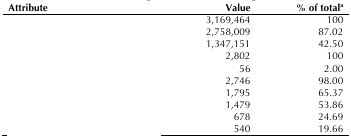
<table><thead><tr><td><b>Attribute</b></td><td><b>Value</b></td><td><b>% of total<sup>a</sup></b></td></tr></thead><tbody><tr><td>[EMPTY_CELL]</td><td>3,169,464</td><td>100</td></tr><tr><td>[EMPTY_CELL]</td><td>2,758,009</td><td>87.02</td></tr><tr><td>[EMPTY_CELL]</td><td>1,347,151</td><td>42.50</td></tr><tr><td>[EMPTY_CELL]</td><td>2,802</td><td>100</td></tr><tr><td>[EMPTY_CELL]</td><td>56</td><td>2.00</td></tr><tr><td>[EMPTY_CELL]</td><td>2,746</td><td>98.00</td></tr><tr><td>[EMPTY_CELL]</td><td>1,795</td><td>65.37</td></tr><tr><td>[EMPTY_CELL]</td><td>1,479</td><td>53.86</td></tr><tr><td>[EMPTY_CELL]</td><td>678</td><td>24.69</td></tr><tr><td>[EMPTY_CELL]</td><td>540</td><td>19.66</td></tr></tbody></table>